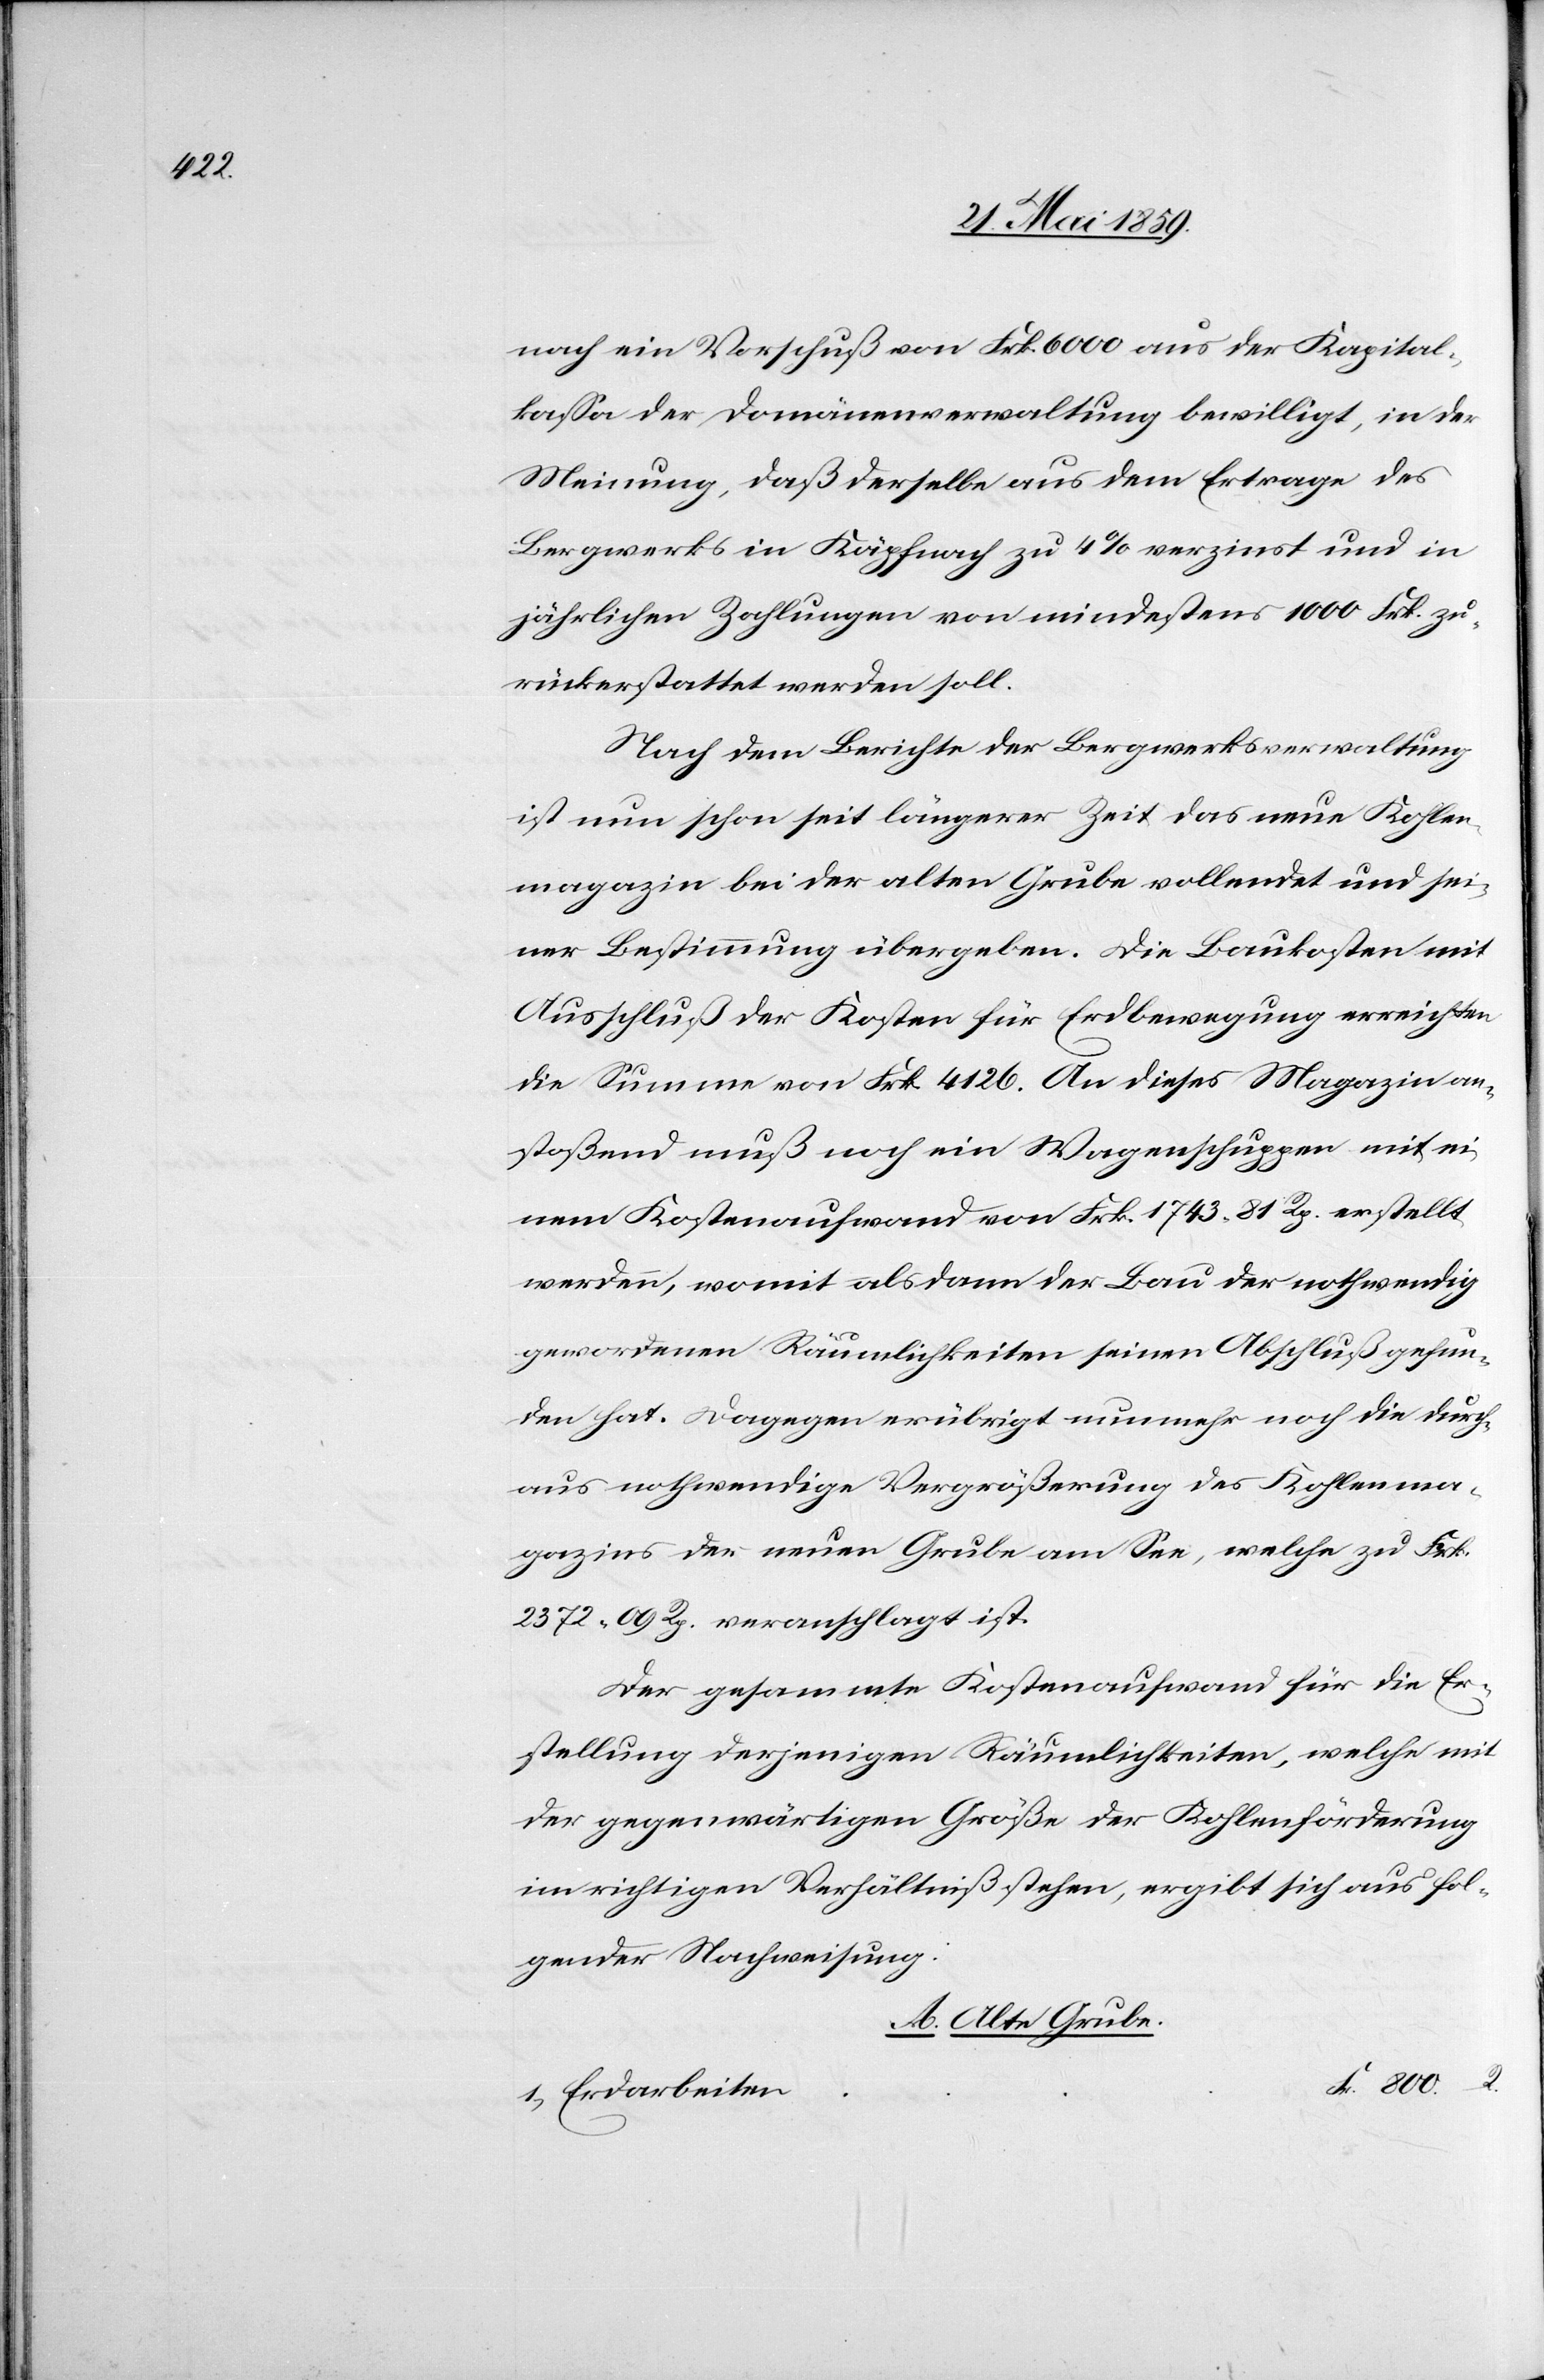
nach ein Vorschuß von Frk. 6000 aus der Kapital¬
kaßa der Domänenverwaltung bewilligt, in der
Meinung, daß derselbe aus dem Ertrage des
Bergwerks in Käpfnach zu 4 % verzinst und in
jährlichen Zahlungen von mindestens 1000 Frk. zu¬
rückerstattet werden soll.
Nach dem Berichte der Bergwerksverwaltung
ist nun schon seit längerer Zeit das neue Kohlen¬
magazin bei der alten Grube vollendet und sei¬
ner Bestimmung übergeben. Die Baukosten mit
Ausschluß der Kosten für Erdbewegung erreichten
die Summe von Frk. 4126. An dieses Magazin an¬
stoßend muß noch ein Wagenschuppen mit ei¬
nem Kostenaufwand von Frk. 1743. 81 Rp. erstellt
werden, womit alsdann der Bau der nothwendig
gewordenen Räumlichkeiten seinen Abschluß gefun¬
den hat. Dagegen erübrigt nunmehr noch die durch¬
aus nothwendige Vergrößerung des Kohlenma¬
gazins der neuen Grube am See, welche zu Frk.
2372. 09 Rp. veranschlagt ist.
Der gesammte Kostenaufwand für die Er¬
stellung derjenigen Räumlichkeiten, welche mit
der gegenwärtigen Größe der Kohlenförderung
im richtigen Verhältniß stehen, ergibt sich aus fol¬
gender Nachweisung:
A. Alte Grube.
Erdarbeiten